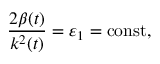
\frac { 2 \beta ( t ) } { k ^ { 2 } ( t ) } = \varepsilon _ { 1 } = \mathrm { c o n s t } ,